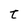
Character: t